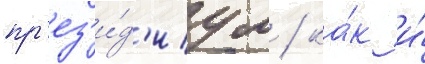
пр'ез'и́д'иум / ка́к и́